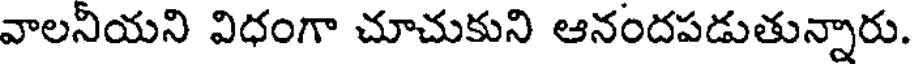
వాలనియని విధంగా చూచుకుని ఆనందపడుతున్నారు.